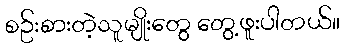
စဥ်းစားတဲ့သူမျိုးတွေ တွေ့ဖူးပါတယ်။